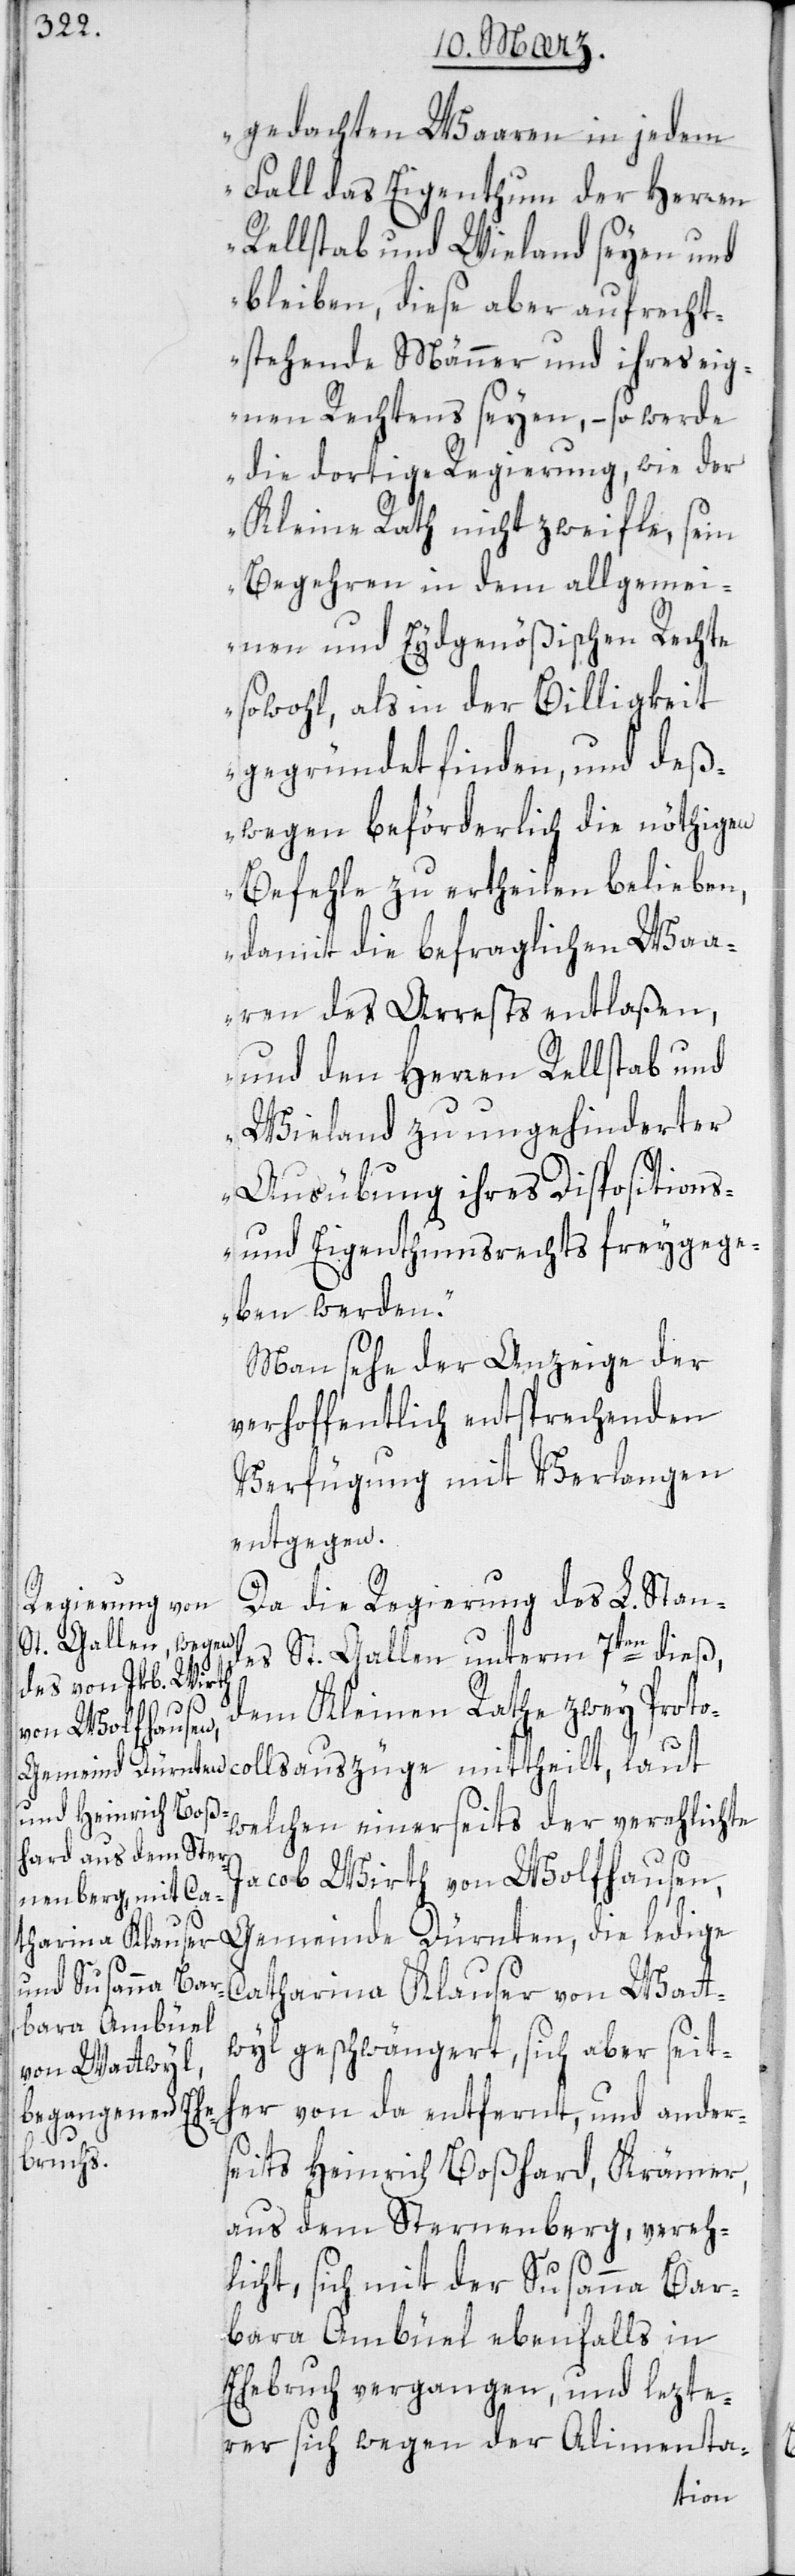
gedachten Waaren in jedem
Fall das Eigentum der Herren
Rellstab und Wieland seyen und
bleiben, diese aber aufrecht¬
stehende Männer und ihres eig¬
nen Rechtens seyen, – so werde
die dortige Regierung, wie der
Kleine Rath nicht zweifle, sein
Begehren in dem allgemei¬
nen und Eydgenößischen Rechte
sowohl, als in der Billigkeit
gegründet finden, und deß¬
wegen beförderlich die nöthigen
Befehle zu ertheilen belieben,
damit die befraglichen Waa¬
ren des Arrests entlaßen,
und den Herren Rellstab und
Wieland zu ungehinderter
Ausübung ihres Dispositions-
und Eigentumsrechts freigege¬
ben werden“.
Man sehe der Anzeige der
verhoffentlich entsprechenden
Verfügung mit Verlangen
entgegen.
Da die Regierung des L. Stand¬
es St. Gallen unterm 7ten dieß,
dem Kleinen Rathe zwey Protoc¬
ollauszüge mittheilt, laut
welchen einerseits der verehlichte
Jacob Wirth von Wolfhausen,
Gemeinde Dürnten, die ledige
Catharina Klauser von Wat¬
twyl geschwängert, sich aber seith¬
er von da entfernt, und ander¬
seits Heinrich Boßhard, Krämer,
aus dem Sternenberg, vereh¬
licht, sich mit der Susanna Bar¬
bara Ambüel ebenfalls in
Ehebruch vergangen, und lezte¬
rer sich wegen der Alimenta-